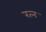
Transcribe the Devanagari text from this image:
रत्‍न